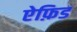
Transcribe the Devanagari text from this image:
ऐफ़िड